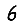
Digit: 6